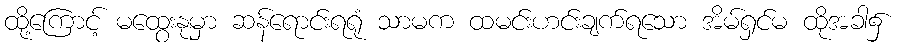
ထို့ကြောင့် မထွေးနုမှာ ဆန်ရောင်းရရုံ သာမက ထမင်းဟင်းချက်ရသော အိမ်ရှင်မ ထိုအခါ၌